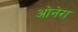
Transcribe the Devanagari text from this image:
ओनेरा